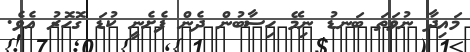
މައިދާ ނުވަތަ ބަނޑު ނިމޭ ހިސާބުން ދެން ފެށެނީ ކުޑަ ގޮހޮރު އެވެ.